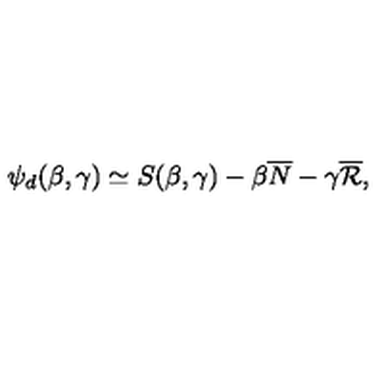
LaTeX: \psi _ { d } ( \beta , \gamma ) \simeq S ( \beta , \gamma ) - \beta \overline { N } - \gamma \overline { { \cal R } } ,